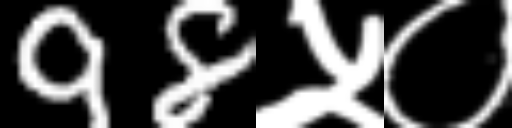
Text: 98५०